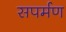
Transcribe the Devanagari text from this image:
सपर्मण